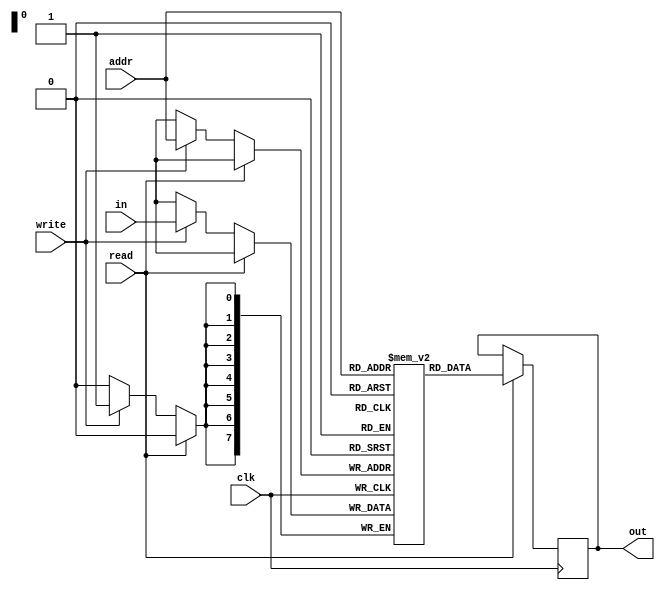
module dmem(input[7:0] addr,input[7:0] in,input read,input write,input clk,output[7:0] out);
	

reg[7:0] out;

reg[7:0] DATA[255:0];



always @(posedge clk)

begin
#1;
   
	if(read==1)
	begin
	out<=DATA[addr];
    end
    
	else if(write==1) DATA[addr]<=in;

end
endmodule